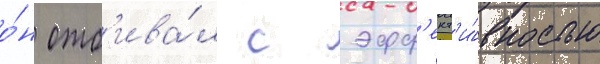
о́н отб'ива́л с эфф'ект'и́вностью